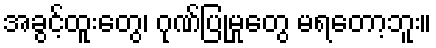
အခွင့်ထူးတွေ၊ ဂုဏ်ပြုမှုတွေ မရတော့ဘူး။